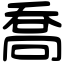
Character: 喬